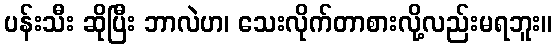
ပန်းသီး ဆိုပြီး ဘာလဲဟ၊ သေးလိုက်တာစားလို့လည်းမရဘူး။